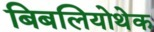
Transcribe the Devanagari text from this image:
बिबलियोथेक